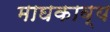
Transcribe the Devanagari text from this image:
माघकाव्य